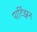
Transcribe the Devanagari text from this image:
पार्टिझन